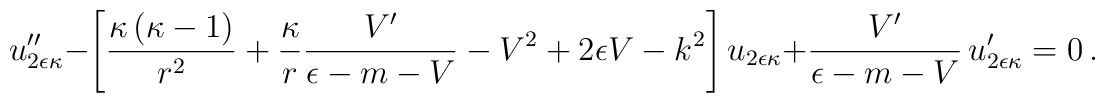
u_{2\epsilon\kappa}''-\left[\frac{\kappa\left(\kappa-1\right)}{r^2}+\frac{\kappa}{ r}\frac{V'}{\epsilon-m-V}-V^2+2\epsilon V-k^2\right]u_{2\epsilon\kappa}+\frac{V'}{\epsilon-m-V}\,u_{2\epsilon\kappa}'=0\,.